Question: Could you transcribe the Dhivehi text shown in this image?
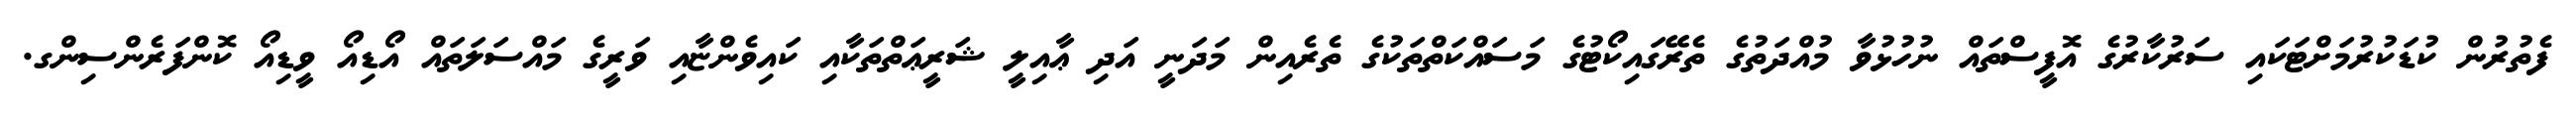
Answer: ފެތުރުން ކުޑަކުރުމަށްޓަކައި ސަރުކާރުގެ އޮފީސްތައް ނުހުޅުވާ މުއްދަތުގެ ތެރޭގައިކޯޓުގެ މަސައްކަތްތަކުގެ ތެރެއިން މަދަނީ އަދި ޢާއިލީ ޝަރީޢަތްތަކާއި ކައިވެންޏާއި ވަރީގެ މައްސަލަތައް އޯޑިއޯ ވީޑިއޯ ކޮންފަރެންސިންގ.